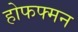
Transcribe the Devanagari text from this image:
होफफ्मन